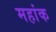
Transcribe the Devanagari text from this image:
महांक